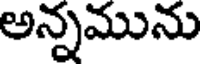
అన్నమును